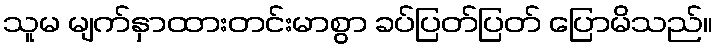
သူမ မျက်နှာထားတင်းမာစွာ ခပ်ပြတ်ပြတ် ပြောမိသည်။